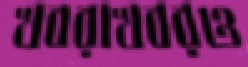
খবরাখবরও